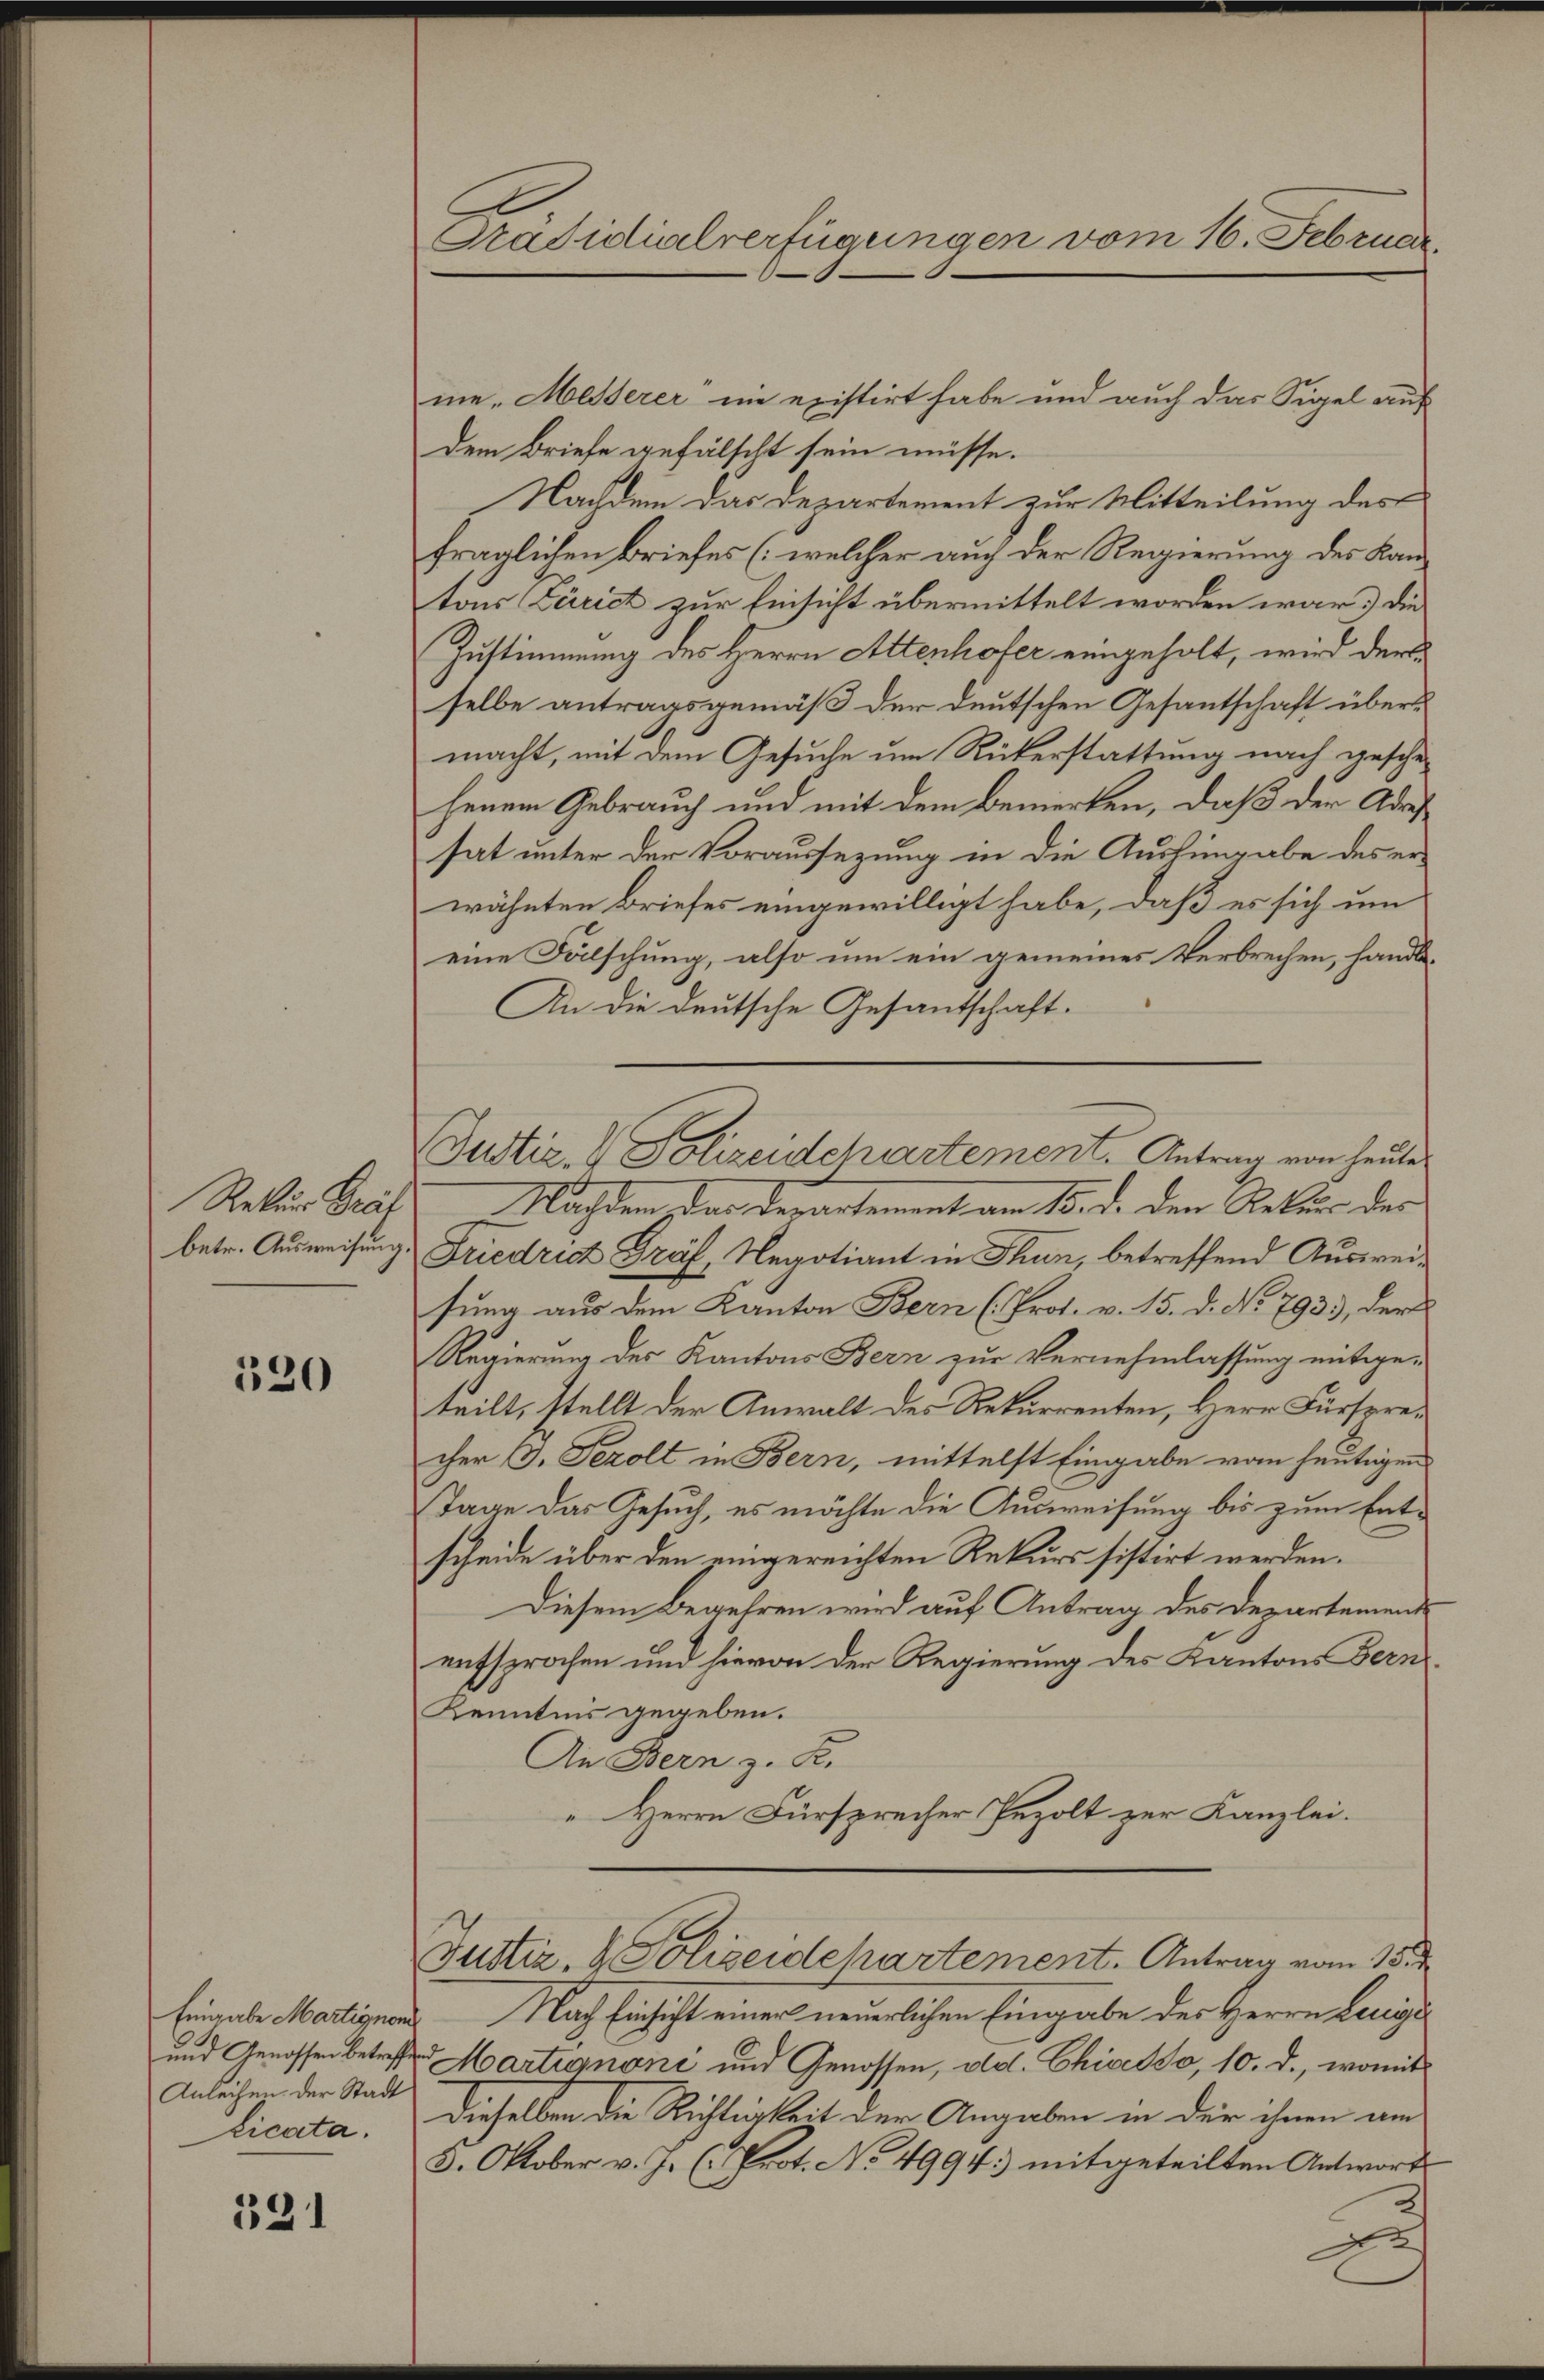
Rekur Gräl
betr. Ausweisung.

320

Eingabe Martignom
und Genossen betreffe
Anleihen der Stadt
licata.

391

Präsidialverfügungen vom 16. Februar

me-Messerer nie existirt habe und auch das Sigel auf
dem Briefe gefälscht sein müsse.
Nachdem das Departement zur Mitteilung des
fraglichen Briefes (welcher auch der Regierung des Kantons Zürict zur Einsicht übermittelt worden war. Die
Zustimmung des Herrn Attenhofer eingeholt, wird derse
selbe antragsgemäß der deutschen Gesantschaft übermacht, mit dem Gesuche um Rükerstattung nach geschejenem Gebrauch und mit dem Bemerken, daß der Adreshat unter der Voraussezung in die Aushingabe des erwähnten Briefes eingewilligt habe, daß es sich um
eine Fälschung, also um ein gemeines Verbrechen, handle
An die deutsche Gesantschaft.
Justiz- & Polizeidchartement. Antrag von heute
Machten der Departement am 15. d. den Rekurs der
Friedrich Graf, Negotiant in Thun, betreffend Ausweisung aus dem Kanton Bern (Prot. v. 15. d. No 7933, der
Regierung des Kantons Bern zur Vernehmlassung mitge-
teilt, stellt der Anwalt des Rekurrenten, Herr Fürsprecher J. Sezolt in Bern, mittelst Eingabe von heutigen
Tage das Gesuch, es möchte die Ausweisung bis zum Entscheide über den eingereichten Rekurs sistirt werden.
Diesem Begehren wird auf Antrag des Departemend
entsprochen und hievon der Regierung des Kantons Bern
Kenntnis gegeben.
An Bern z. B.
" Herrn Fürsprecher Pezolt zur Kanzlei.

Justiz- & Polizeidehartement. Antrag vom 15.

e

Nach Einsicht einer neuerlichen Eingabe des Herrn Lenige
 Martignoni und Genossen, od. Chives so, 10. d., womit
dieselben die Richtigkeit der Angaben in der ihnen am
5. Oktober v. J. (Prot. No 4994) mitgeteilten Antworts